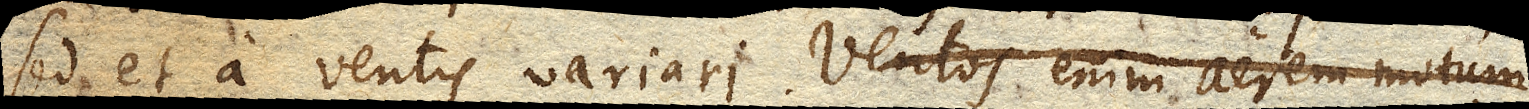
sed et a ventis variari. Ventos enim aerem motum